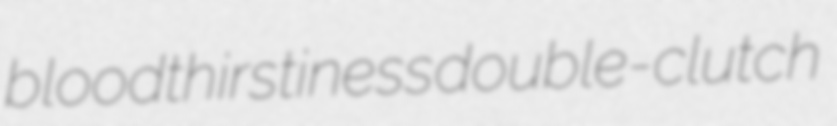
bloodthirstiness double-clutch